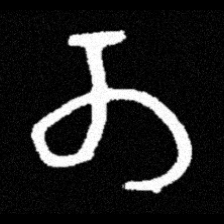
Pyu character \u2014 Myanmar letter: တ (romanized: ta)